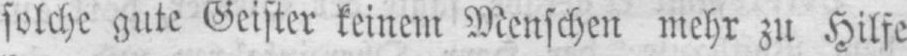
solche gute Geister keinem Menschen mehr zu Hilfe